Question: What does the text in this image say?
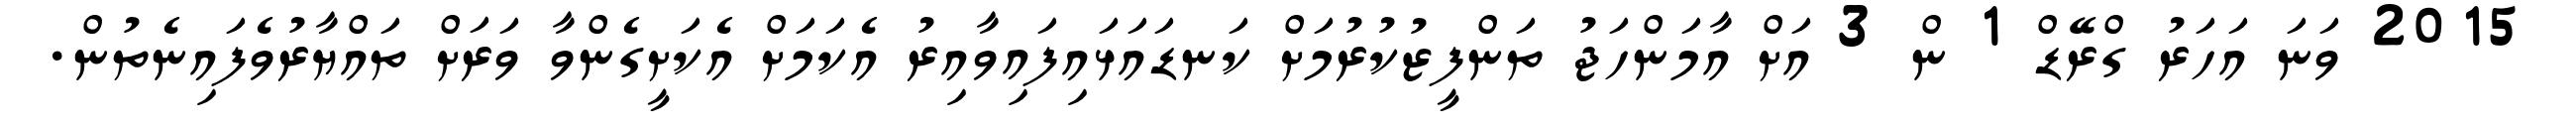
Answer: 2015 ވަނަ އަހަރު ގްރޭޑް 1 ން 3 އަށް އާމަންހަޖު ތަންފީޒުކުރުމަށް ކަނޑައަޅައިފައިވާއިރު އެކަމަށް އެކަށީގެންވާ ވަރަށް ތައްޔާރުވެފައިނެތުން.